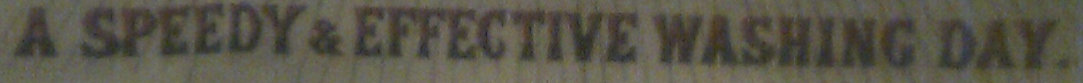
A SPEEDY & EFFECTIVE WASHING DAY.